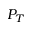
P _ { T }